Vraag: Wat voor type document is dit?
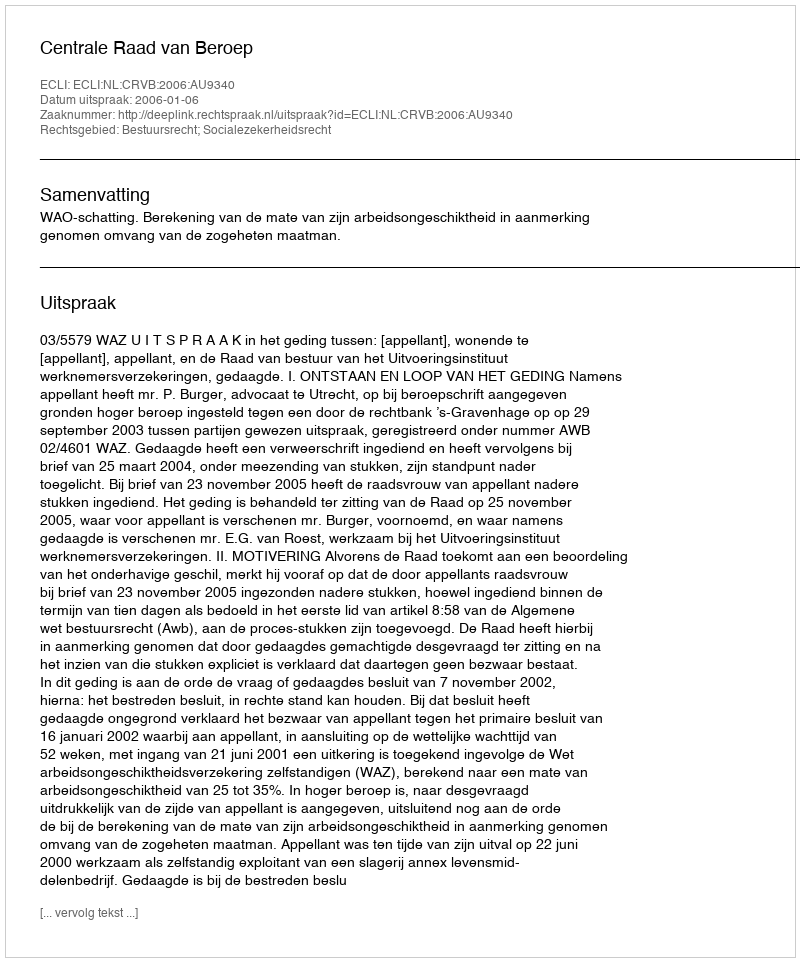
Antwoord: Uitspraak